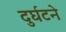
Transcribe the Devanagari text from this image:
दुर्घटने